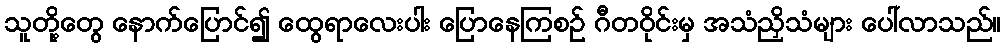
သူတို့တွေ နောက်ပြောင်၍ ထွေရာလေးပါး ပြောနေကြစဉ် ဂီတဝိုင်းမှ အသံညှိသံများ ပေါ်လာသည်။